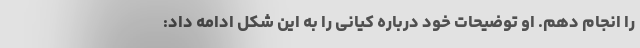
را انجام دهم. او توضیحات خود درباره کیانی را به این شکل ادامه داد: